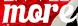
more